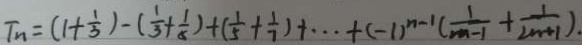
T _ { n } = ( 1 + \frac { 1 } { 3 } ) - ( \frac { 1 } { 3 } + \frac { 1 } { 5 } ) + ( \frac { 1 } { 5 } + \frac { 1 } { 7 } ) + \cdots + ( - 1 ) ^ { n - 1 } ( \frac { 1 } { 2 n - 1 } + \frac { 1 } { 2 n + 1 } ) .